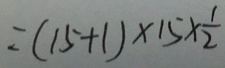
= ( 1 5 + 1 ) \times 1 5 \times \frac { 1 } { 2 }